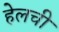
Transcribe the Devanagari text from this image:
हेलची